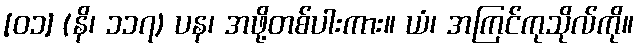
[၀၁] (နိ၊ ၁၁၇) ပန၊ အဖို့တစ်ပါးကား။ ယံ၊ အကြင်ကုသိုလ်ကို။